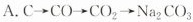
A.$$C\rightarrow CO\rightarrow CO2\rightarrow Na_{2}CO_{3}$$